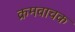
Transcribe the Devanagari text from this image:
क्रमवाचक